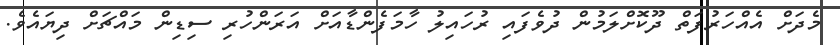
މެދަށް އެއްހަރުފަތް ދޫކޮށްލަމުން ދުވެފައި ރުހައިލު ހާމަފެންޑާއަށް އަރަންހުރި ސިޑިން މައްޗަށް ދިޔައެވެ.